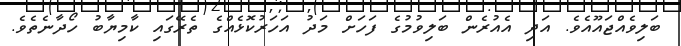
ބަލިވެއްޖައޫއެވެ. އަދި އެއުރެން ބަލިވުމުގެ ފަހަށް މަދު އަހަރުކޮޅެއްގެ ތެރޭގައި ކާމިޔާބު ހޯދާނެތެވެ.